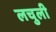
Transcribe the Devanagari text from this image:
लचुली